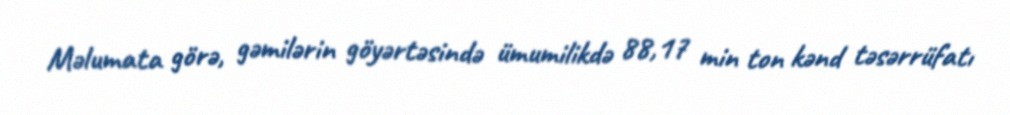
Məlumata görə, gəmilərin göyərtəsində ümumilikdə 88,17 min ton kənd təsərrüfatı